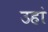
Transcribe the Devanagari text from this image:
उहां